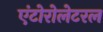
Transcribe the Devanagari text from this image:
एंटोरोलेटरल